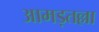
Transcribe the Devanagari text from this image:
आमड़तल्ला